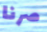
صرنا